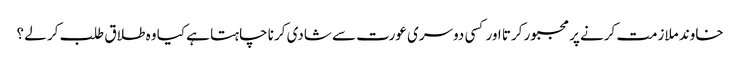
خاوند ملازمت کرنے پر مجبور کرتا اور کسی دوسری عورت سے شادی کرنا چاہتا ہے کیا وہ طلاق طلب کر لے ؟